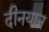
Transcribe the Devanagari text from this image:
दीनयान